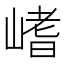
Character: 𡺸